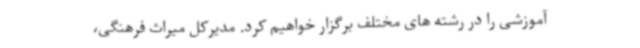
آموزشی را در رشته های مختلف برگزار خواهیم کرد. مدیرکل میراث فرهنگی،